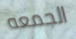
الجمعه